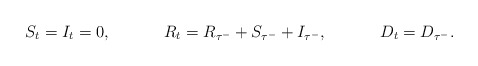
\begin{align*}&S_t = I_t = 0, & &R_t = R_{\tau^-} + S_{\tau^-} + I_{\tau^-}, & &D_t = D_{\tau^-}.\end{align*}